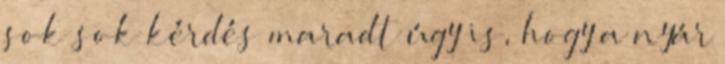
sok sok kérdés maradt úgy is, hogy a nyár